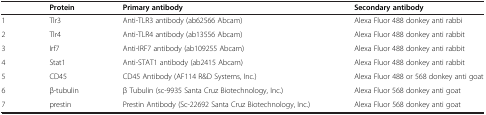
|  | Protein | Primary antibody | Secondary antibody |
 | --- | --- | --- | --- |
 | 1 | Tlr3 | Anti-TLR3 antibody (ab62566 Abcam) | Alexa Fluor 488 donkey anti rabbi |
 | 2 | Tlr4 | Anti-TLR4 antibody (ab13556 Abcam) | Alexa Fluor 488 donkey anti rabbit |
 | 3 | Irf7 | Anti-IRF7 antibody (ab109255 Abcam) | Alexa Fluor 488 donkey anti rabbit |
 | 4 | Stat1 | Anti-STAT1 antibody (ab2415 Abcam) | Alexa Fluor 488 donkey anti rabbit |
 | 5 | CD45 | CD45 Antibody (AF114 R&D Systems, Inc.) | Alexa Fluor 488 or 568 donkey anti goat |
 | 6 | β-tubulin | β Tubulin (sc-9935 Santa Cruz Biotechnology, Inc.) | Alexa Fluor 568 donkey anti goat |
 | 7 | prestin | Prestin Antibody (Sc-22692 Santa Cruz Biotechnology, Inc.) | Alexa Fluor 568 donkey anti goat |